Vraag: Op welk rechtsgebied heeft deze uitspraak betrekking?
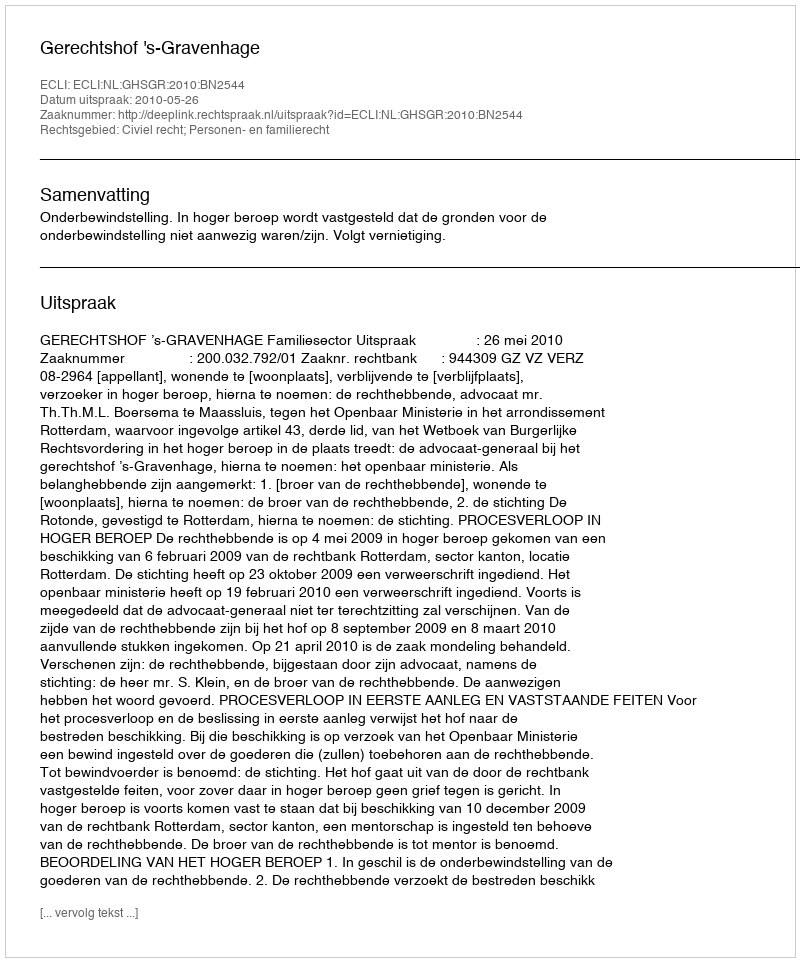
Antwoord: Civiel recht; Personen- en familierecht